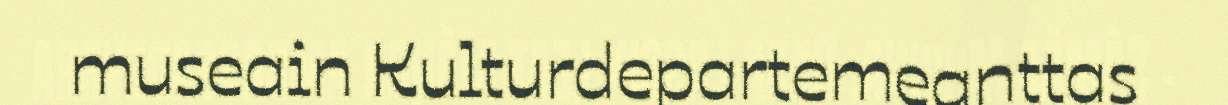
museain Kulturdepartemeanttas